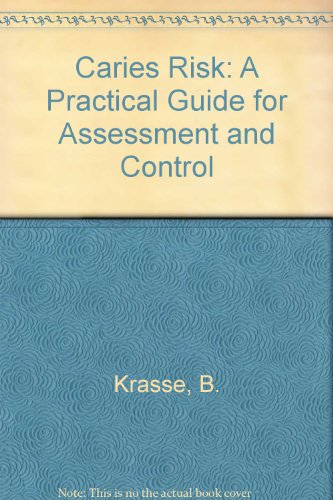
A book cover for Caries Risk: A Practical Guide for Assessment and Control; Bo Krasse; Medical Books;